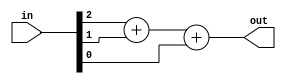
// https://hdlbits.01xz.net/wiki/Popcount3

module top_module(
    input [2:0] in,
    output [1:0] out );

    assign out = in[2] + in[1] + in[0];

endmodule